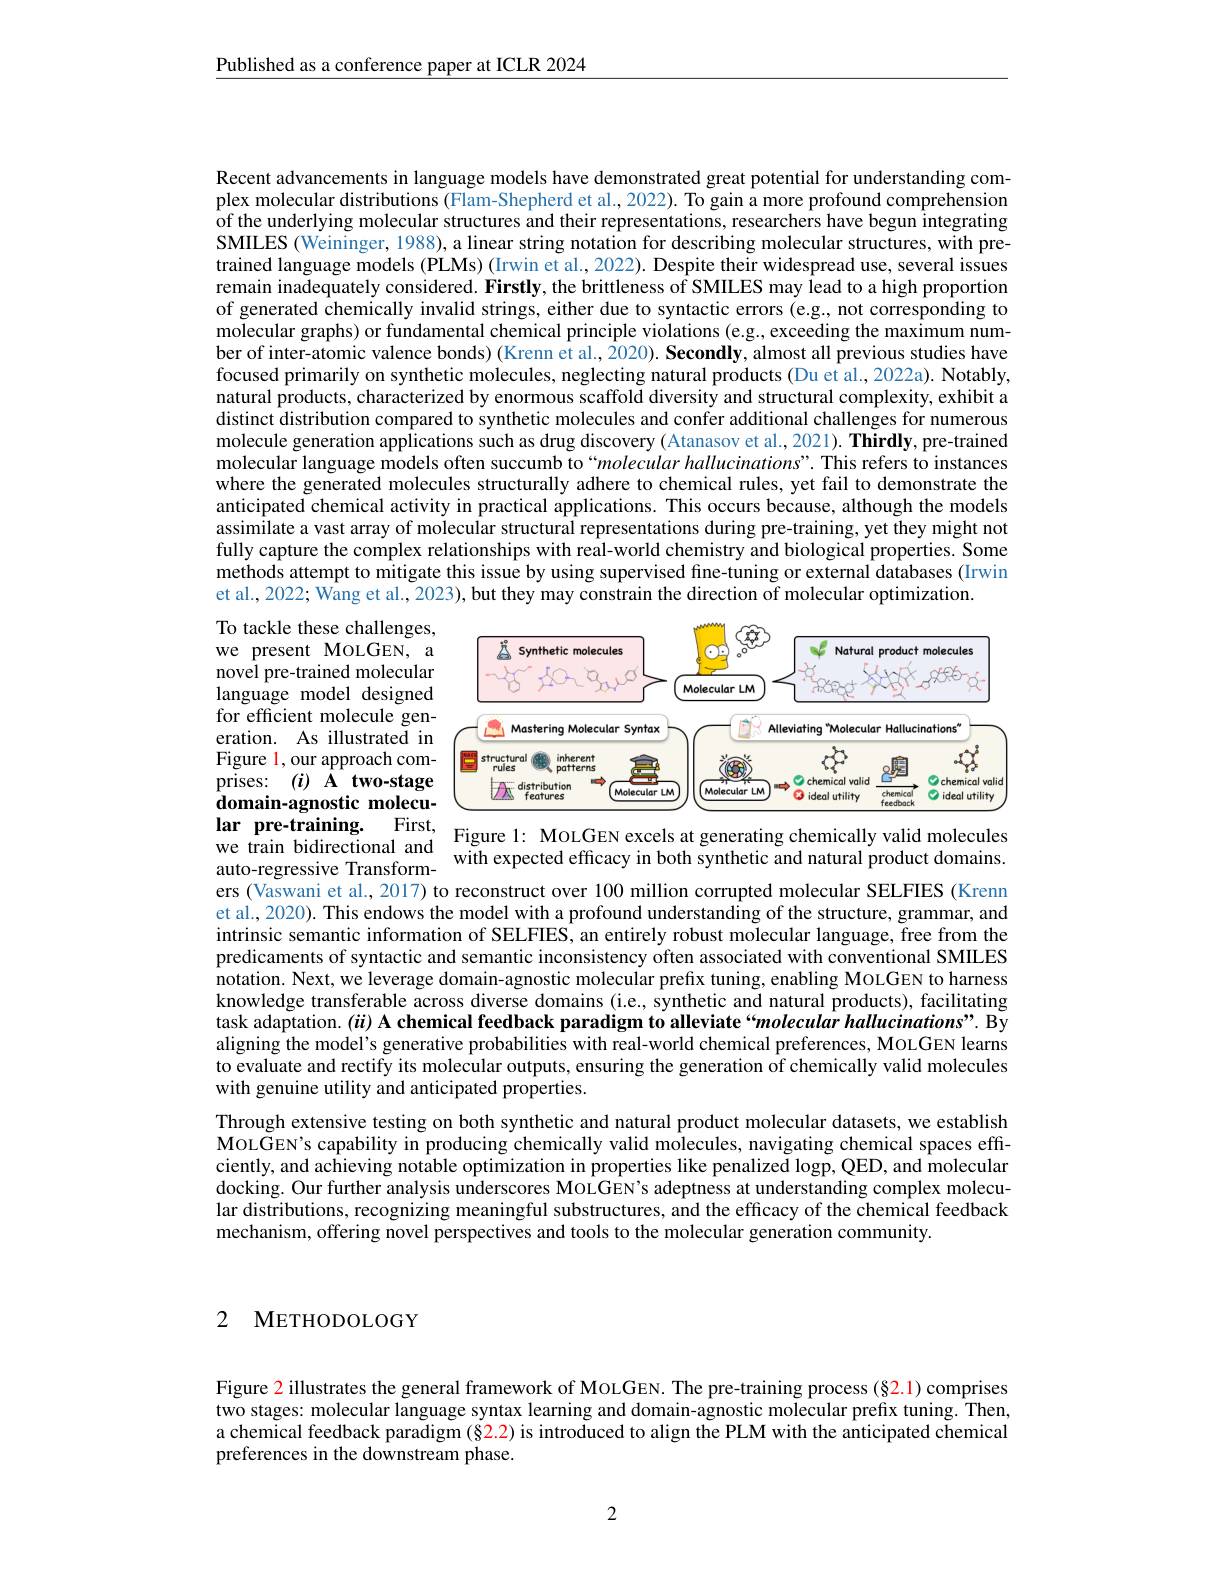
Published as a conference paper at ICLR 2024

Recent advancements in language models have demonstrated great potential for understanding complex molecular distributions (Flam-Shepherd et al., 2022). To gain a more profound comprehension of the underlying molecular structures and their representations, researchers have begun integrating SMILES (Weininger, 1988), a linear string notation for describing molecular structures, with pretrained language models (PLMs) (Irwin et al., 2022). Despite their widespread use, several issues remain inadequately considered. Firstly, the brittleness of SMILES may Îead to a high proportion of generated chemically invalid strings, either due to syntactic errors (e.g., not corresponding to molecular graphs) or fundamental chemical principle violations (e.g., exceeding the maximum number of inter-atomic valence bonds) (Krenn et al., 2020). Secondly, almost all previous studies have focused primarily on synthetic molecules, neglecting natural products (Du et al., 2022a). Notably, natural products, characterized by enormous scaffold diversity and structural complexity, exhibit a distinct distribution compared to synthetic molecules and confer additional challenges for numerous molecule generation applications such as drug discovery (Atanasov et al., 2021). Thirdly, pre-trained molecular language models often succumb to“molecular hallucinations”. This refers to instances where the generated molecule anticipated chemical activity in practical applications. This occurs because, although the models assimilate a vast array of m fully capture the complex relationships with real-world chemistry and biological properties. Some methods attempt to mitigate this issue by using supervised fine-tuning or external databases (Irwin et al., 2022; Wang et al., 2

<FigureHere>
$\textbf{lar pre- training. First, }$

To tackle these challenges, we present MoLGEN, a novel pre-trained molecular language model designed for efficient molecule generation. As illustrated in Figure l, our approach comdomain-agnostic molecuers (Vaswani et al., 2017) to reconstruct over 100 million corrupted molecular SELFIES (Krenn

et al., 2020). This endows t intrinsic semantic informati predicaments of syntactic and semantic inconsistency often associated with conventional SMILES notation. Next, we leverage knowledge transferable across diverse domains (i.e, synthetic and natural products), facilitating task adaptation. $( ii) \textbf{ A chemical feedback paradigm to alleviate“ molecular hallucinations” . By}$ aligning the model's generative probabilities with real-world chemical preferences, MoLGEN learns to evaluate and rectify its molecular outputs, ensuring the generation of chemically valid molecules with genuine utility and anticipated properties.
Through extensive testing on both synthetic and natural product molecular datasets, we establish MOLGEN's capability in producing chemically valid molecules, navigating chemical spaces effciently, and achieving notable optimization in properties like penalized logp, QED, and molecular docking. Our further analysis underscores MOLGEN's adeptness at understanding complex molecular distributions, recognizing meaningful substructures, and the efficacy of the chemical feedback mechanism, offering novel perspectives and tools to the molecular generation community.

2 METHODOLOGY

Figure $\color{red}{2}$ illustrates the general framework of MoLGEN. The pre-training process (§2.1) comprises two stages: molecular language syntax learning and domain-agnostic molecular prefix tuning. Then, a chemical feedback paradigm (§2.2) is introduced to align the PLM with the anticipated chemical preferences in the downstream phase.

2